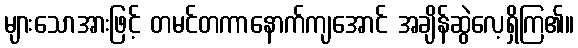
များသောအားဖြင့် တမင်တကာနောက်ကျအောင် အချိန်ဆွဲလေ့ရှိကြ၏။